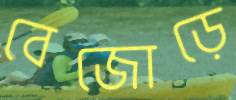
বেজোড়ে